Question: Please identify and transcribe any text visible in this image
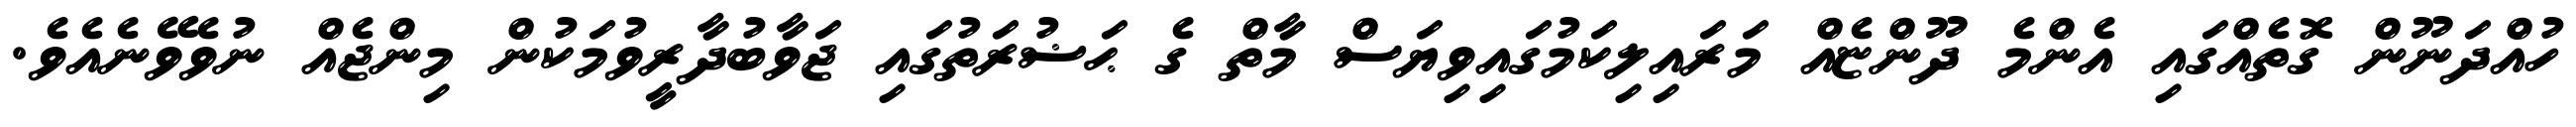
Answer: ހުއްދަނޫން ގޮތެއްގައި އެންމެ ދޫންޏެއް މަރައިލިކަމުގައިވިޔަސް މާތް ގެ ޙަޟުރަތުގައި ޖަވާބުދާރީވުމަކުން މިންޖެއް ނުވެވޭނެއެވެ.